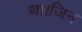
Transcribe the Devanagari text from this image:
था।जिन